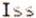
ISS